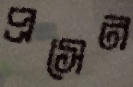
প্রসেন